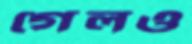
গেলও